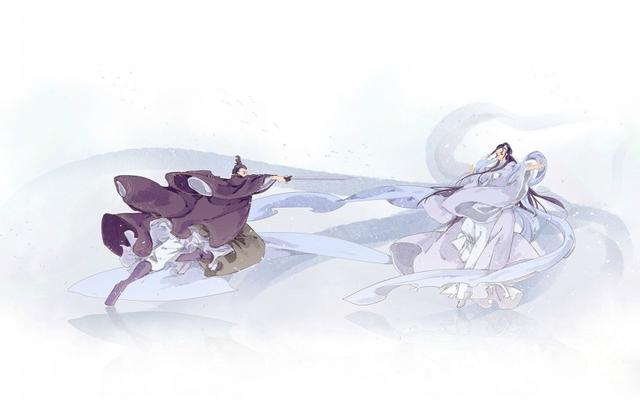
贾传自怜多感慨，东门何意泥孤虚。